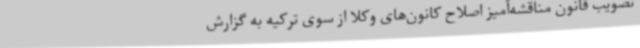
تصویب قانون مناقشه‌آمیز اصلاح کانون‌های وکلا از سوی ترکیه به گزارش